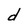
Character: d